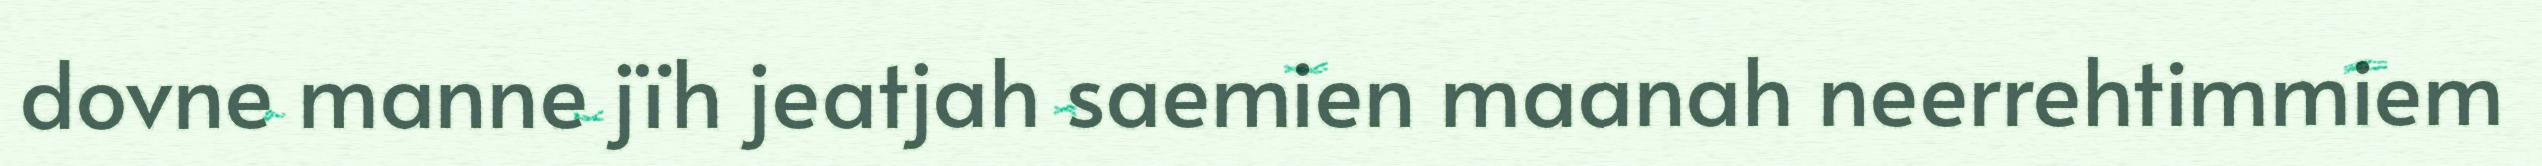
dovne manne jïh jeatjah saemien maanah neerrehtimmiem